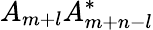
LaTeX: A_{m+l}A_{m+n-l}^{\ast}